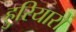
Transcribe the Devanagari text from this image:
हुरियारों